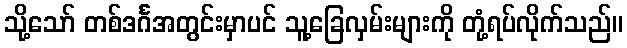
သို့သော် တစ်ဒင်္ဂအတွင်းမှာပင် သူ့ခြေလှမ်းများကို တုံ့ရပ်လိုက်သည်။